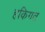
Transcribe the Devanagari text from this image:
हकिगत